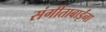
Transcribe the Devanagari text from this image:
संगीताबाईंना